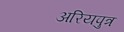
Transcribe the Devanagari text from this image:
अरियपुत्र